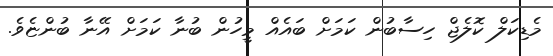
މެޑިކަލް ކޮލެޖް ހިސާބުން ކަމަށް ބައެއް މީހުން ބުނާ ކަމަށް އޭނާ ބުންޏެވެ.